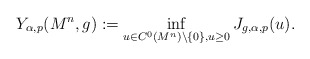
\begin{align*}Y_{\alpha,p} (M^n, g):=\inf_{u\in C^0(M^n)\setminus \{0\}, u\ge 0} J_{g,\alpha, p}(u).\end{align*}